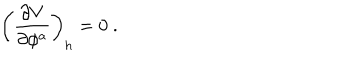
\left( { \frac { \partial V } { \partial \phi ^ { a } } } \right) _ { h } = 0 \ .